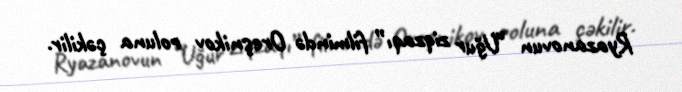
Ryazanovun “Uğur ziqzaqı” filmində Oreşnikov roluna çəkilir.